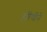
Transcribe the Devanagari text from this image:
हरिणीने